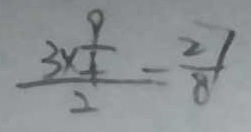
\frac { 3 \times \frac { 1 } { + } } { 2 } = \frac { 2 7 } { 8 }